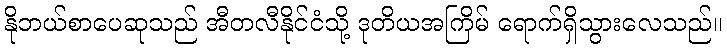
နိုဘယ်စာပေဆုသည် အီတလီနိုင်ငံသို့ ဒုတိယအကြိမ် ရောက်ရှိသွားလေသည်။